Scottish Leaving Certificate Examination, 1956
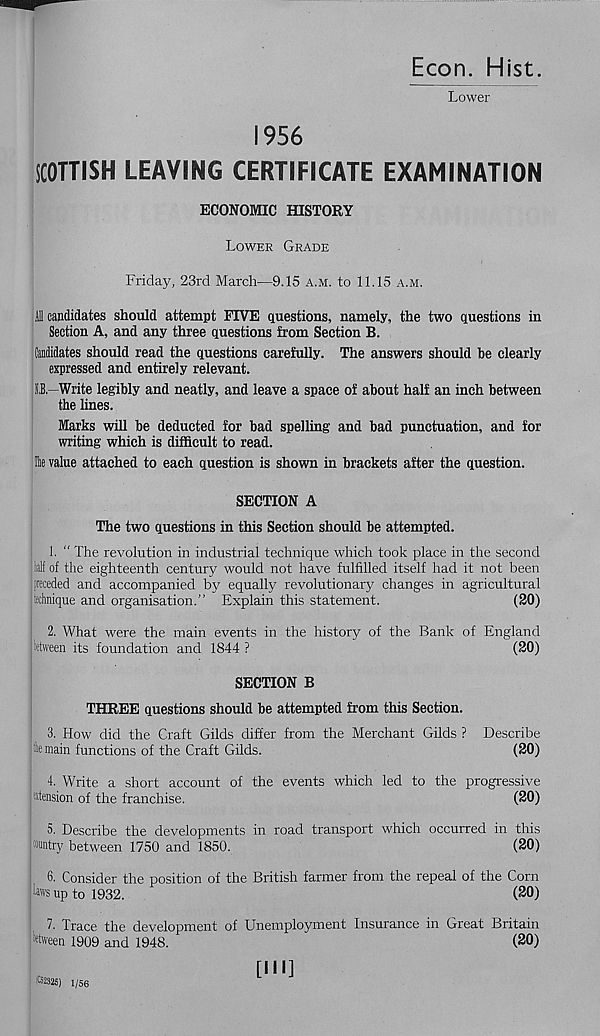
Econ. Hist.
Lower
1956
SCOTTISH LEAVING CERTIFICATE EXAMINATION
ECONOMIC HISTORY
Lower Grade
Friday, 23rd March—9.15 a.m. to 11.15 a.m.
Ill candidates should attempt FIVE questions, namely, the two questions in
Section A, and any three questions from Section B.
Candidates should read the questions carefully. The answers should be clearly
expressed and entirely relevant.
5,B. -Write legibly and neatly, and leave a space of about half an inch between
the lines.
Marks will be deducted for bad spelling and bad punctuation, and for
writing which is difficult to read.
Hie value attached to each question is shown in brackets after the question.
SECTION A
The two questions in this Section should be attempted.
1. " The revolution in industrial technique which took place in the second
Wf of the eighteenth century would not have fulfilled itself had it not been
preceded and accompanied by equally revolutionary changes in agricultural
technique and organisation.” Explain this statement.
(20)
2. What were the main events in the history of the Bank of England
tetween its foundation and 1844 ?
(20)
SECTION B
THREE questions should be attempted from this Section.
3. How did the Craft Gilds differ from the Merchant Gilds ? Describe
fc main functions of the Craft Gilds.
(20)
4. Write a short account of the events which led to the progressive
^tension of the franchise.
(20)
5. Describe the developments in road transport which occurred in this
Wintry between 1750 and 1850.
(20)
6. Consider the position of the British farmer from the repeal of the Corn
^ taws up to 1932.
(20)
7. Trace the development of Unemployment Insurance in Great Britain
feween 1909 and 1948.
(20)
tellS) 1/56
[III]